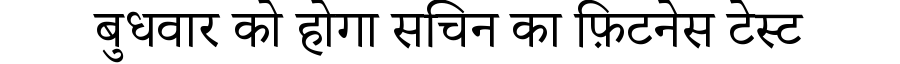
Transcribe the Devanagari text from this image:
बुधवार को होगा सचिन का फ़िटनेस टेस्ट